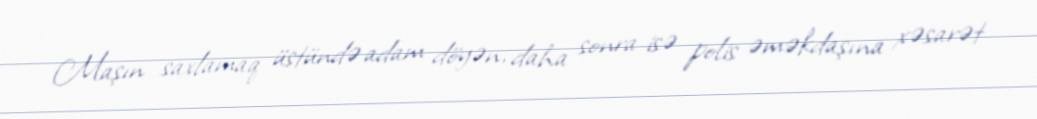
Maşın saxlamaq üstündə adam döyən, daha sonra isə polis əməkdaşına xəsarət